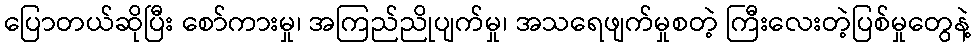
ပြောတယ်ဆိုပြီး စော်ကားမှု၊ အကြည်ညိုပျက်မှု၊ အသရေဖျက်မှုစတဲ့ ကြီးလေးတဲ့ပြစ်မှုတွေနဲ့